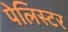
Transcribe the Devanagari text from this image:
पेलिस्टर